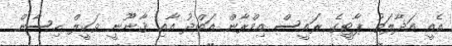
އެއީ އަދާލަތު ޕާޓީގެ ރައީސް އިމްރާން އަބްދު އާއި ޤާނޫނީ ވަކީލް ހިސާން